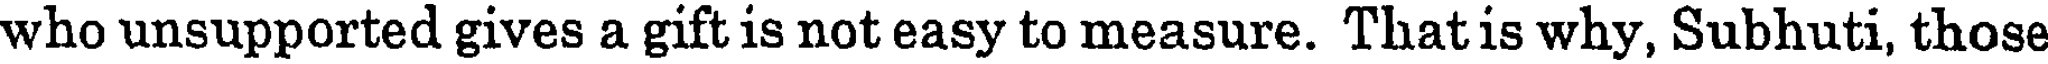
who unsupported gives a gift is not easy to measure. That is why, Subhuti, those